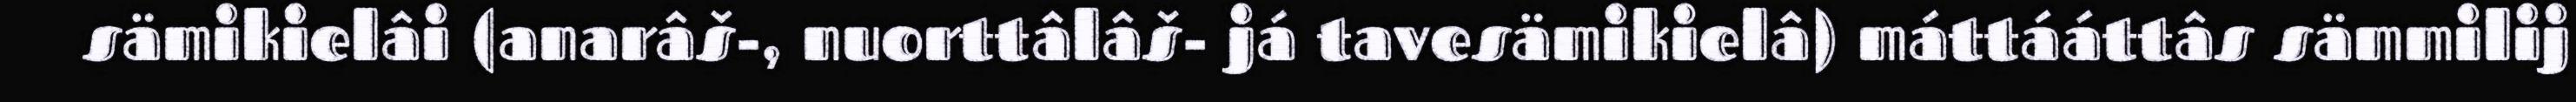
sämikielâi (anarâš-, nuorttâlâš- já tavesämikielâ) máttááttâs sämmilij